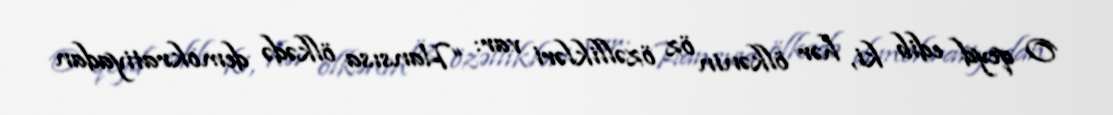
O qeyd edib ki, hər ölkənin öz özəllikləri var: “Hansısa ölkədə demokratiyadan